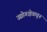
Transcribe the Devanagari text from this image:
उद्योगक्षेत्रातून